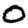
Digit: 0